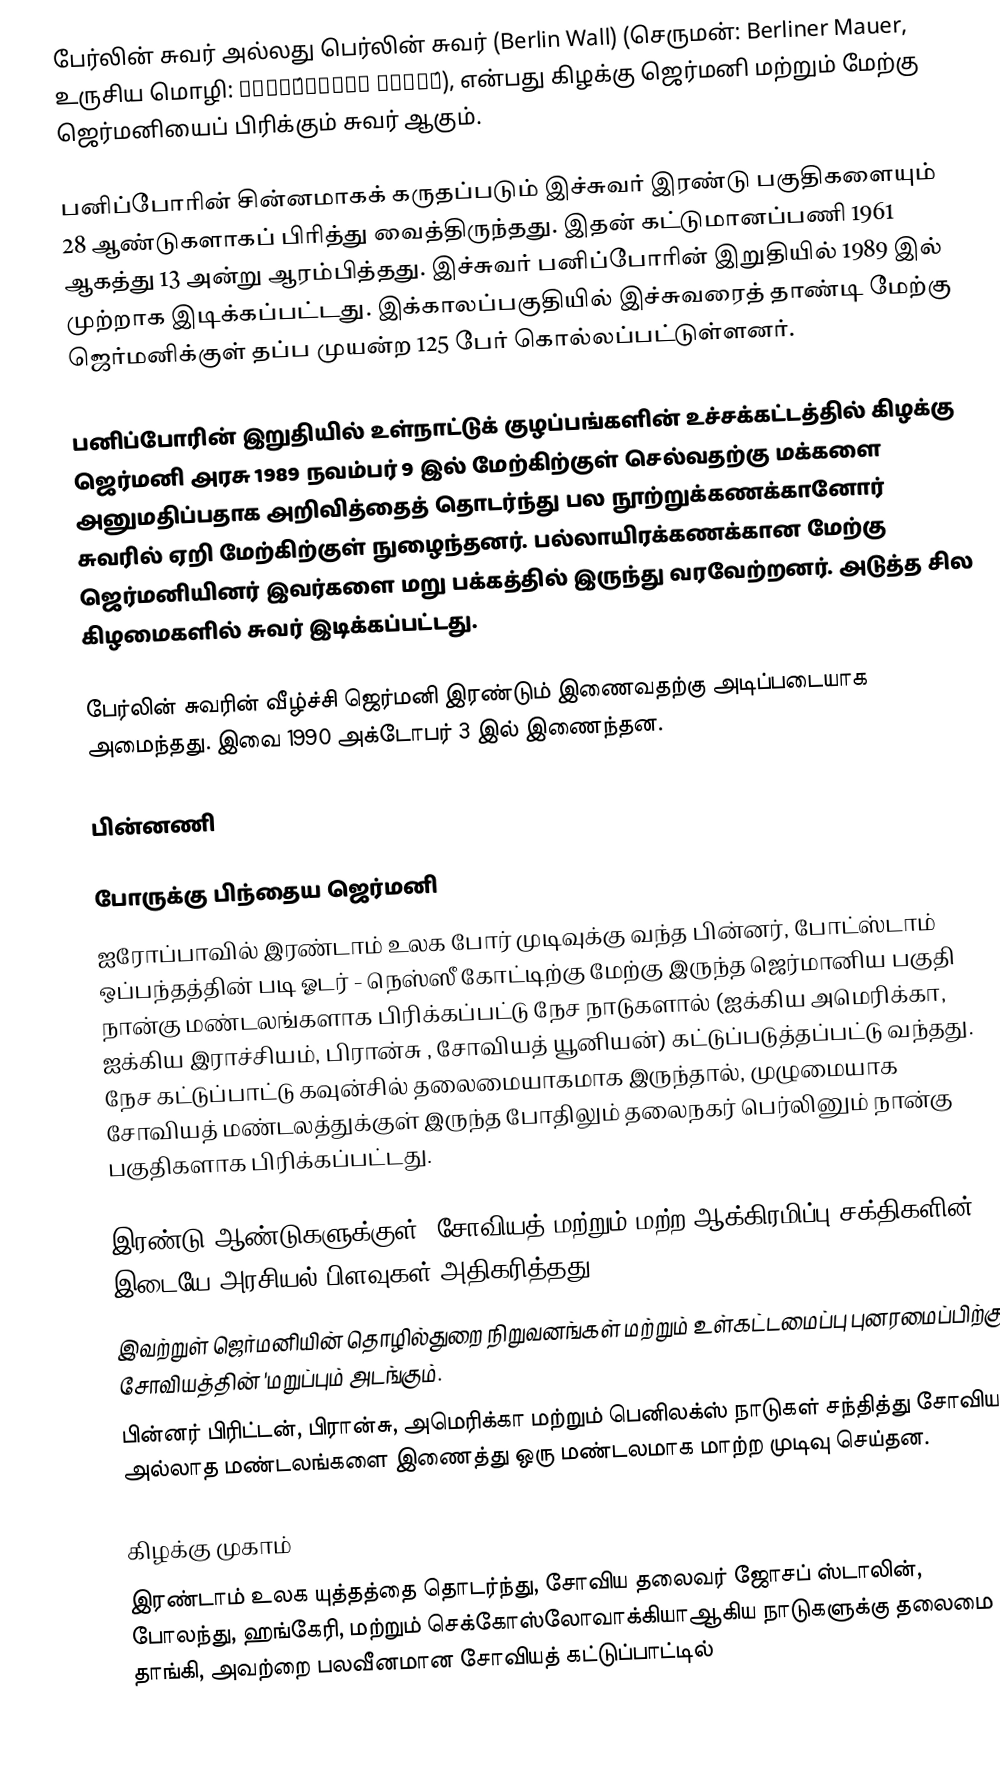
பேர்லின் சுவர் அல்லது பெர்லின் சுவர் (Berlin Wall) (செருமன்: Berliner Mauer, உருசிய மொழி: Берли́нская стена́), என்பது கிழக்கு ஜெர்மனி மற்றும் மேற்கு ஜெர்மனியைப் பிரிக்கும் சுவர் ஆகும்.

பனிப்போரின் சின்னமாகக் கருதப்படும் இச்சுவர் இரண்டு பகுதிகளையும் 28 ஆண்டுகளாகப் பிரித்து வைத்திருந்தது. இதன் கட்டுமானப்பணி 1961 ஆகத்து 13 அன்று ஆரம்பித்தது. இச்சுவர் பனிப்போரின் இறுதியில் 1989 இல் முற்றாக இடிக்கப்பட்டது. இக்காலப்பகுதியில் இச்சுவரைத் தாண்டி மேற்கு ஜெர்மனிக்குள் தப்ப முயன்ற 125 பேர் கொல்லப்பட்டுள்ளனர்.

பனிப்போரின் இறுதியில் உள்நாட்டுக் குழப்பங்களின் உச்சக்கட்டத்தில் கிழக்கு ஜெர்மனி அரசு 1989 நவம்பர் 9 இல் மேற்கிற்குள் செல்வதற்கு மக்களை அனுமதிப்பதாக அறிவித்தைத் தொடர்ந்து பல நூற்றுக்கணக்கானோர் சுவரில் ஏறி மேற்கிற்குள் நுழைந்தனர். பல்லாயிரக்கணக்கான மேற்கு ஜெர்மனியினர் இவர்களை மறு பக்கத்தில் இருந்து வரவேற்றனர். அடுத்த சில கிழமைகளில் சுவர் இடிக்கப்பட்டது.

பேர்லின் சுவரின் வீழ்ச்சி ஜெர்மனி இரண்டும் இணைவதற்கு அடிப்படையாக அமைந்தது. இவை 1990 அக்டோபர் 3 இல் இணைந்தன.

பின்னணி

போருக்கு பிந்தைய ஜெர்மனி
ஐரோப்பாவில் இரண்டாம் உலக போர் முடிவுக்கு வந்த பின்னர், போட்ஸ்டாம் ஒப்பந்தத்தின் படி ஓடர் - நெஸ்ஸீ கோட்டிற்கு மேற்கு இருந்த ஜெர்மானிய பகுதி நான்கு மண்டலங்களாக பிரிக்கப்பட்டு நேச நாடுகளால் (ஐக்கிய அமெரிக்கா, ஐக்கிய இராச்சியம், பிரான்சு , சோவியத் யூனியன்) கட்டுப்படுத்தப்பட்டு வந்தது. நேச கட்டுப்பாட்டு கவுன்சில் தலைமையாகமாக இருந்தால், முழுமையாக சோவியத் மண்டலத்துக்குள் இருந்த போதிலும் தலைநகர் பெர்லினும் நான்கு பகுதிகளாக பிரிக்கப்பட்டது.

இரண்டு ஆண்டுகளுக்குள், சோவியத் மற்றும் மற்ற ஆக்கிரமிப்பு சக்திகளின் இடையே அரசியல் பிளவுகள் அதிகரித்தது.
இவற்றுள் ஜெர்மனியின் தொழில்துறை நிறுவனங்கள் மற்றும் உள்கட்டமைப்பு புனரமைப்பிற்கு சோவியத்தின் 'மறுப்பும் அடங்கும்.
பின்னர் பிரிட்டன், பிரான்சு, அமெரிக்கா மற்றும் பெனிலக்ஸ் நாடுகள் சந்தித்து சோவியத் அல்லாத மண்டலங்களை இணைத்து  ஒரு மண்டலமாக மாற்ற முடிவு செய்தன.

கிழக்கு முகாம்
இரண்டாம் உலக யுத்தத்தை தொடர்ந்து, சோவிய தலைவர் ஜோசப் ஸ்டாலின், போலந்து, ஹங்கேரி, மற்றும் செக்கோஸ்லோவாக்கியாஆகிய நாடுகளுக்கு தலைமை தாங்கி, அவற்றை பலவீனமான சோவியத் கட்டுப்பாட்டில்